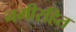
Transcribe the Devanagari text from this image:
नमीरहित